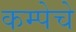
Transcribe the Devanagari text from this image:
कम्पेचे